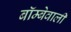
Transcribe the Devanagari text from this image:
बॉम्बेवाली